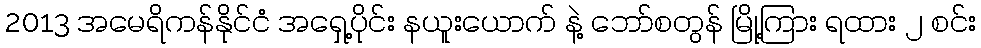
2013 အမေရိကန်နိုင်ငံ အရှေ့ပိုင်း နယူးယောက် နဲ့ ဘော်စတွန် မြို့ကြား ရထား ၂ စင်း